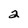
Character: 2